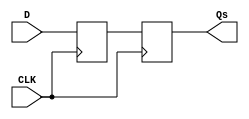
module master_slave_ff_synchronizer (
    input wire D,        // Input signal to be synchronized
    input wire CLK,      // Clock signal
    output reg Qs        // Synchronized output signal
);

    reg Qm;              // Master output

    // Master Flip-Flop: Captures input D on the rising edge of CLK
    always @(posedge CLK) begin
        Qm <= D;        // Capture D on rising edge
    end

    // Slave Flip-Flop: Captures Qm on the falling edge of CLK
    always @(negedge CLK) begin
        Qs <= Qm;       // Capture Qm on falling edge
    end

endmodule